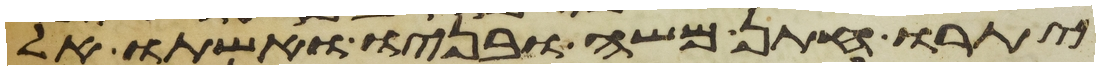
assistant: יתרו חתן משה ובניו ואשתו אל